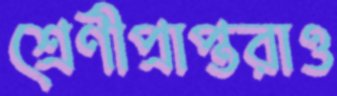
শ্রেণীপ্রাপ্তরাও